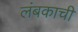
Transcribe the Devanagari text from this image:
लंबकाची